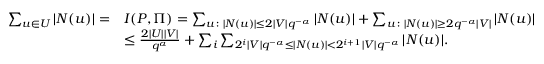
\begin{array} { r l } { \sum _ { u \in U } | N ( u ) | = } & { I ( P , \Pi ) = \sum _ { u \colon | N ( u ) | \le 2 | V | q ^ { - \alpha } } | N ( u ) | + \sum _ { u \colon | N ( u ) | \ge 2 q ^ { - \alpha } | V | } | N ( u ) | } \\ & { \le \frac { 2 | U | | V | } { q ^ { \alpha } } + \sum _ { i } \sum _ { 2 ^ { i } | V | q ^ { - \alpha } \le | N ( u ) | < 2 ^ { i + 1 } | V | q ^ { - \alpha } } | N ( u ) | . } \end{array}